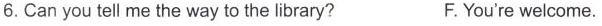
6.Can you tell me the way to the library? F.You're welcome.